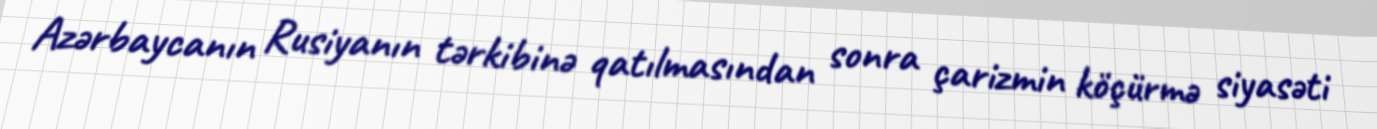
Azərbaycanın Rusiyanın tərkibinə qatılmasından sonra çarizmin köçürmə siyasəti